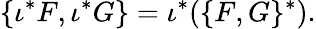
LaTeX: \{ \iota^{*}F,\iota^{*}G\} =\iota^{*}(\{ F,G\} ^{*}).